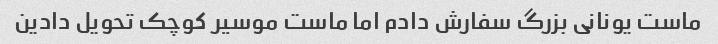
ماست یونانی بزرگ سفارش دادم اما ماست موسیر کوچک تحویل دادین